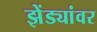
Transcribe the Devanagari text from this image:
झेंड्यांवर